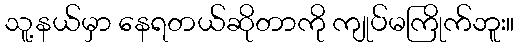
သူ့နယ်မှာ နေရတယ်ဆိုတာကို ကျုပ်မကြိုက်ဘူး။